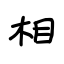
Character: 相